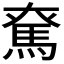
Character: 𩢙